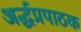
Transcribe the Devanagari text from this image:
अर्द्धप्रपाठक